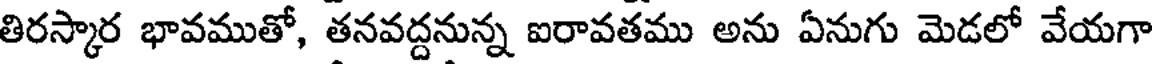
తిరస్కార భావముతో, తనవద్దనున్న ఐరావతము అను ఏనుగు మెడలో వేయగా